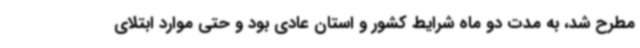
مطرح شد، به مدت دو ماه شرایط کشور و استان عادی بود و حتی موارد ابتلای